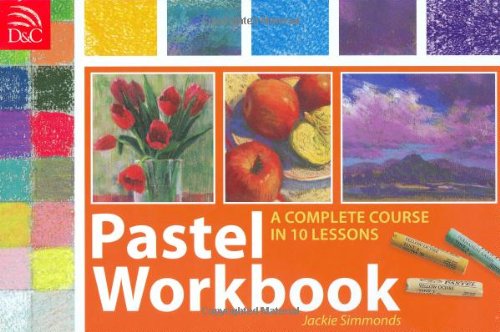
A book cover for Pastel Workbook: A Complete Course in 10 Lessons; Jackie Simmonds; Arts & Photography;